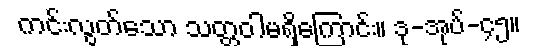
ကင်းလွတ်သော သတ္တဝါမရှိကြောင်း။ ဒု-အုပ်-၄၅။